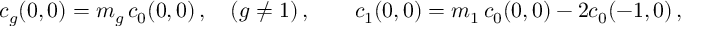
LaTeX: c _ { g } ( 0 , 0 ) = m _ { g } \, c _ { 0 } ( 0 , 0 ) \, , \quad ( g \neq 1 ) \, , \qquad c _ { 1 } ( 0 , 0 ) = m _ { 1 } \, c _ { 0 } ( 0 , 0 ) - 2 c _ { 0 } ( - 1 , 0 ) \, ,